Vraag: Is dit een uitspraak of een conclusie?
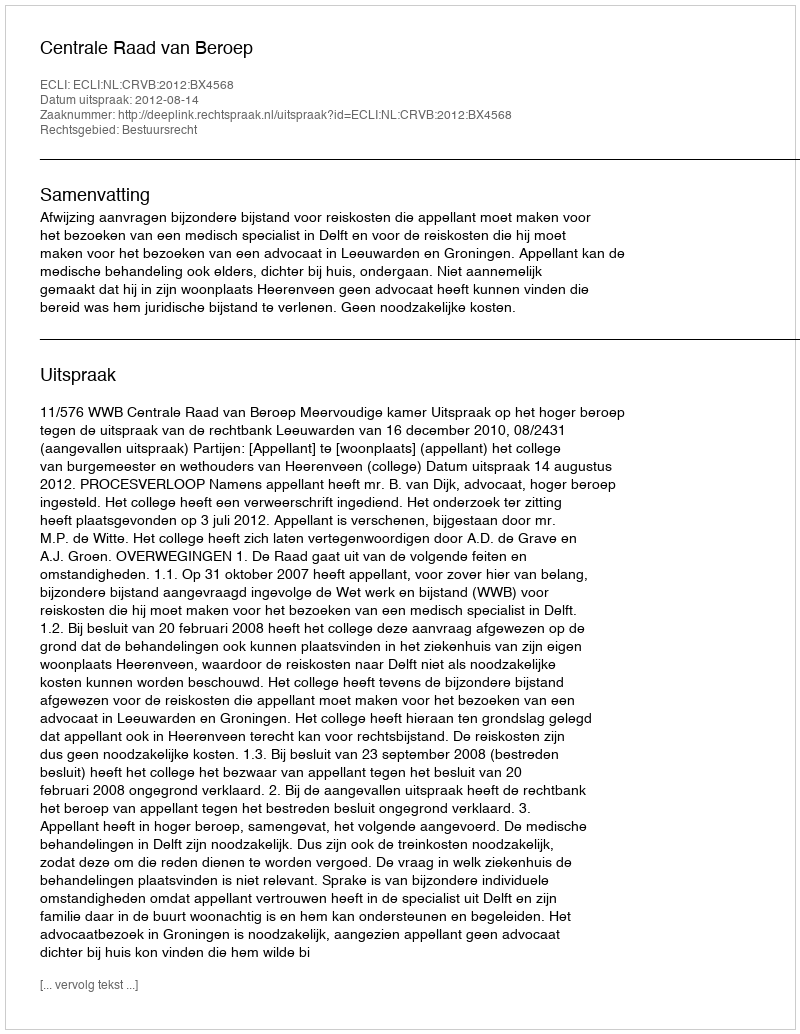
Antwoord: Uitspraak